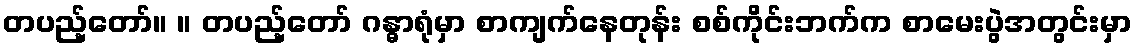
တပည့်တော်။ ။ တပည့်တော် ဂန္ဓာရုံမှာ စာကျက်နေတုန်း စစ်ကိုင်းဘက်က စာမေးပွဲအတွင်းမှာ